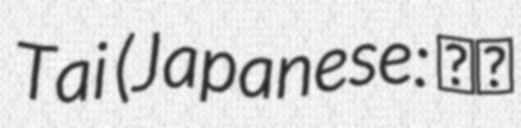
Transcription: Tai (Japanese: 田井